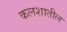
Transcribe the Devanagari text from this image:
कलशातील